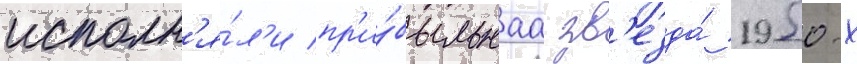
исполн'я́л'и пр'и́быльнаа зв'езда́ 1950-х